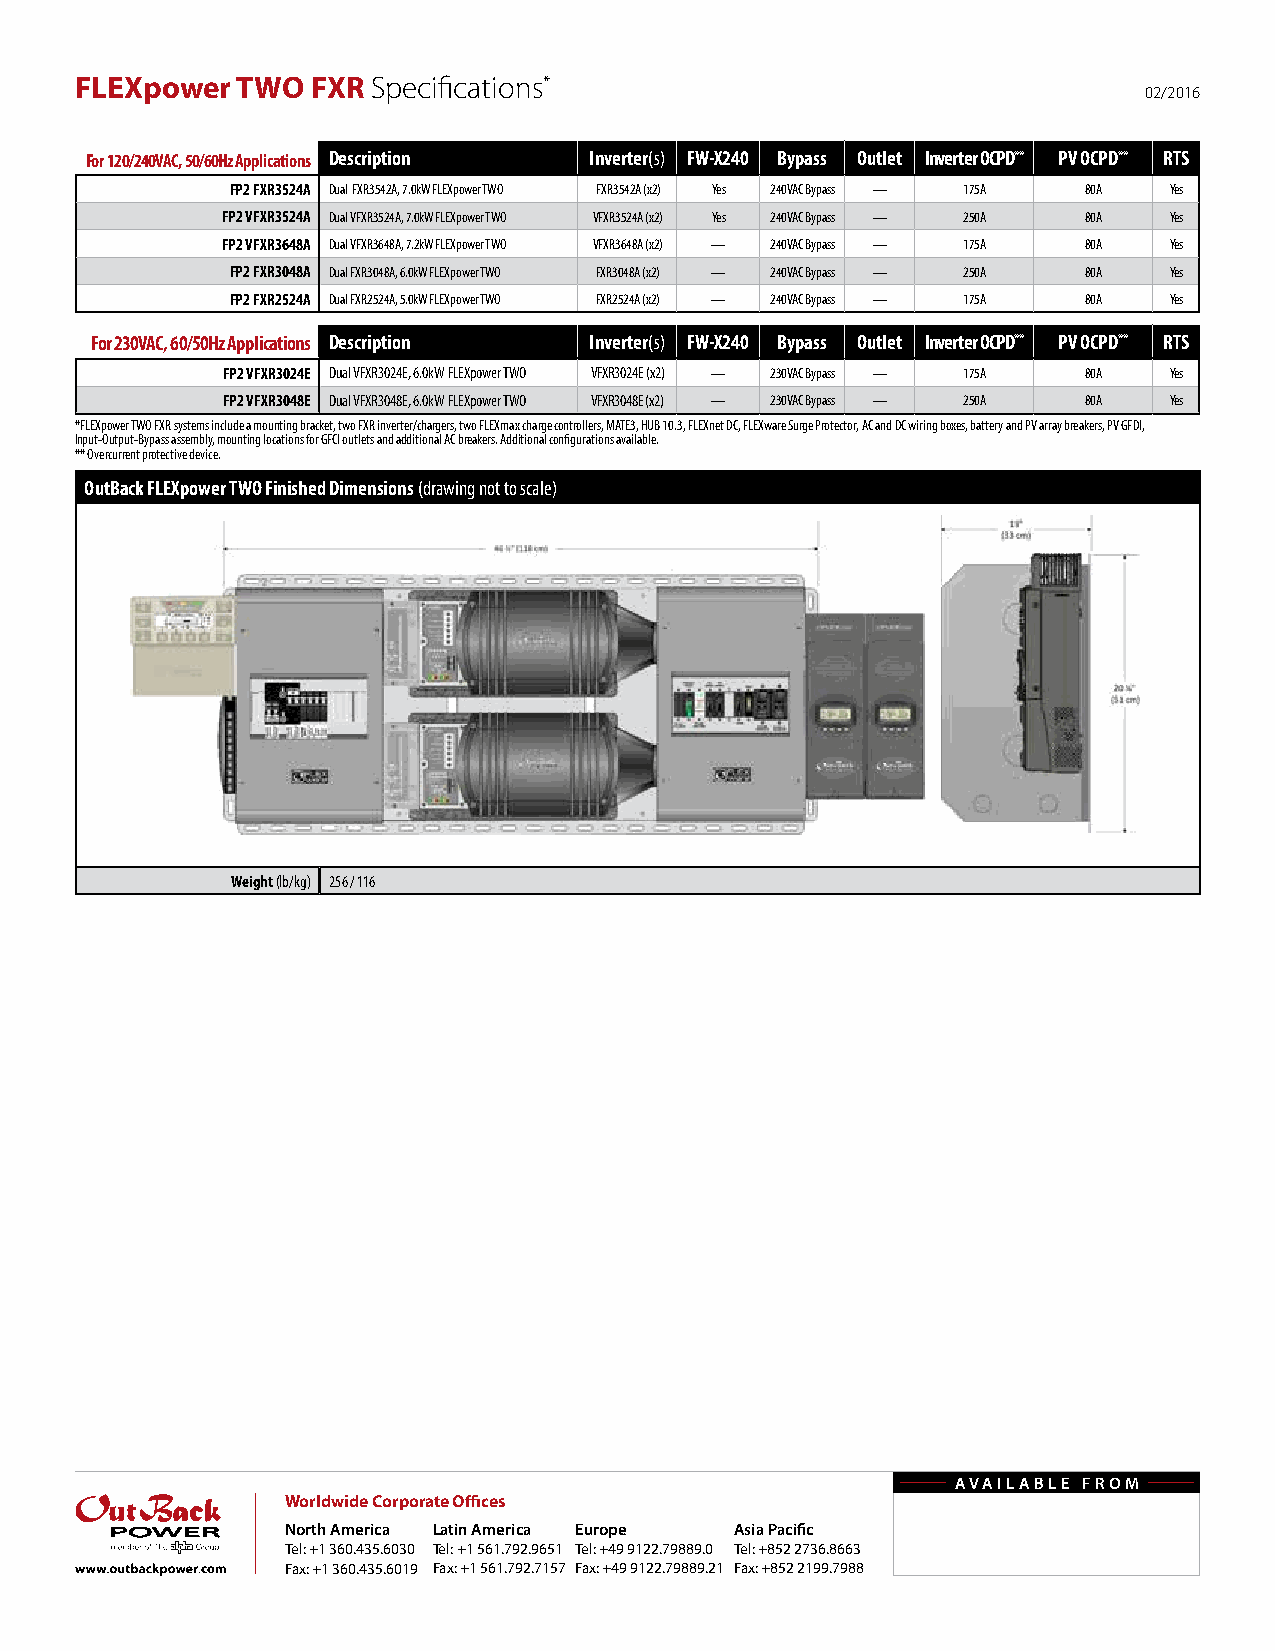
FLEXpower  TWO  FXR Specifications*
 02/2016
 For 120/240VAC, 50/60Hz Applications Description Inverter(s) FW-X240 Bypass Outlet Inverter OCPD** PV OCPD** RTS
 FP2 FXR3524A Dual FXR3542A, 7.0kW FLEXpower TWO FXR3542A (x2) Yes 240VAC Bypass — 175A 80A Yes
 FP2 VFXR3524A Dual VFXR3524A, 7.0kW FLEXpower TWO VFXR3524A (x2) Yes 240VAC Bypass — 250A 80A Yes
 FP2 VFXR3648A Dual VFXR3648A, 7.2kW FLEXpower TWO VFXR3648A (x2) — 240VAC Bypass — 175A 80A Yes
 FP2 FXR3048A Dual FXR3048A, 6.0kW FLEXpower TWO FXR3048A (x2) — 240VAC Bypass — 250A 80A Yes
 FP2 FXR2524A Dual FXR2524A, 5.0kW FLEXpower TWO FXR2524A (x2) — 240VAC Bypass — 175A 80A Yes
 For 230VAC, 60/50Hz Applications Description Inverter(s) FW-X240 Bypass Outlet Inverter OCPD** PV OCPD** RTS
 FP2 VFXR3024E Dual VFXR3024E, 6.0kW FLEXpower TWO VFXR3024E (x2) — 230VAC Bypass — 175A 80A Yes
 FP2 VFXR3048E Dual VFXR3048E, 6.0kW FLEXpower TWO VFXR3048E (x2) — 230VAC Bypass — 250A 80A Yes
 *FLEXpower TWO FXR systems include a mounting bracket, two FXR inverter/chargers, two FLEXmax charge controllers, MATE3, HUB 10.3, FLEXnet DC, FLEXware Surge Protector, AC and DC wiring boxes, battery and PV array breakers, PV GFDI,
 Input-Output-Bypass assembly, mounting locations for GFCI outlets and additional AC breakers. Additional configurations available.
 ** Overcurrent protective device.
 OutBack FLEXpower TWO Finished Dimensions (drawing not to scale)
 Weight (lb/kg) 256 / 116
 AvAiLAbLE From
 Worldwide Corporate Offices
 North America Latin America Europe Asia Pacific
 Tel: +1 360.435.6030 Tel: +1 561.792.9651 Tel: +49 9122.79889.0 Tel: +852 2736.8663
 Fax: +1 360.435.6019 Fax: +1 561.792.7157 Fax: +49 9122.79889.21 Fax: +852 2199.7988